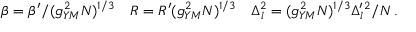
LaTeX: \beta = \beta ^ { \prime } / ( g _ { Y M } ^ { 2 } N ) ^ { 1 / 3 } \quad R = R ^ { \prime } ( g _ { Y M } ^ { 2 } N ) ^ { 1 / 3 } \quad \Delta _ { l } ^ { 2 } = ( g _ { Y M } ^ { 2 } N ) ^ { 1 / 3 } \Delta _ { l } ^ { \prime } { } ^ { 2 } / N \, .